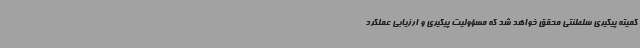
کمیته پیگیری سلطنتی محقق خواهد شد که مسؤولیت پیگیری و ارزیابی عملکرد